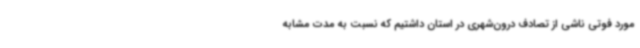
مورد فوتی ناشی از تصادف درون‌شهری در استان داشتیم که نسبت به مدت مشابه